Indian journal of veterinary science and animal husbandry - Volume 10,
Year: 1940
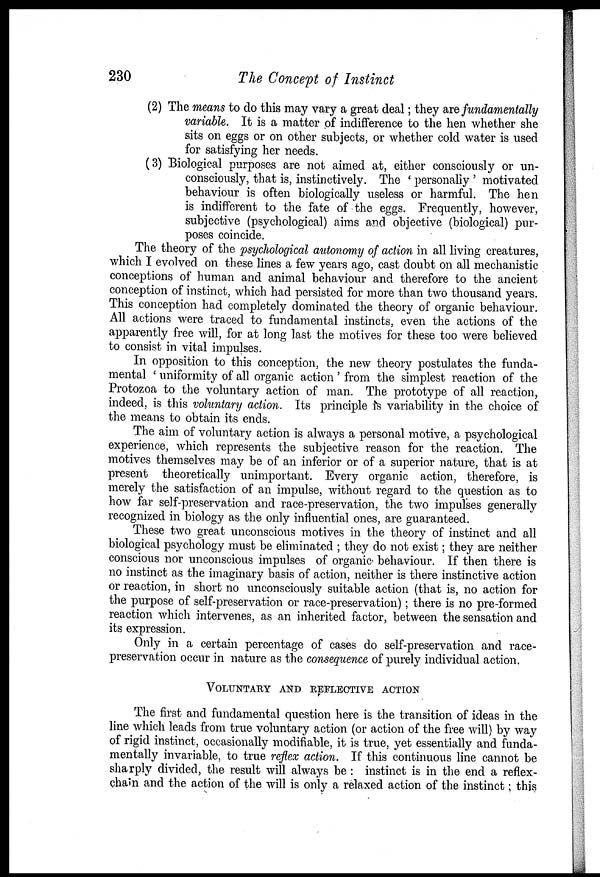
230
The Concept of Instinct
(2) The means to do this may vary a great deal; they are fundamentally
variable. It is a matter of indifference to the hen whether she
sits on eggs or on other subjects, or whether cold water is used
for satisfying her needs.
(3) Biological purposes are not aimed at, either consciously or un-
consciously, that is, instinctively. The ' personally ' motivated
behaviour is often biologically useless or harmful. The hen
is indifferent to the fate of the eggs. Frequently, however,
subjective (psychological) aims and objective (biological) pur-
poses coincide.
The theory of the psychological autonomy of action in all living creatures,
which I evolved on these lines a few years ago, cast doubt on all mechanistic
conceptions of human and animal behaviour and therefore to the ancient
conception of instinct, which had persisted for more than two thousand years.
This conception had completely dominated the theory of organic behaviour.
All actions were traced to fundamental instincts, even the actions of the
apparently free will, for at long last the motives for these too were believed
to consist in vital impulses.
In opposition to this conception, the new theory postulates the funda-
mental ' uniformity of all organic action' from the simplest reaction of the
Protozoa to the voluntary action of man. The prototype of all reaction,
indeed, is this voluntary action. Its principle is variability in the choice of
the means to obtain its ends.
The aim of voluntary action is always a personal motive, a psychological
experience, which represents the subjective reason for the reaction. The
motives themselves may be of an inferior or of a superior nature, that is at
present theoretically unimportant. Every organic action, therefore, is
merely the satisfaction of an impulse, without regard to the question as to
how far self-preservation and race-preservation, the two impulses generally
recognized in biology as the only influential ones, are guaranteed.
These two great unconscious motives in the theory of instinct and all
biological psychology must be eliminated ; they do not exist; they are neither
conscious nor unconscious impulses of organic behaviour. If then there is
no instinct as the imaginary basis of action, neither is there instinctive action
or reaction, in short no unconsciously suitable action (that is, no action for
the purpose of self-preservation or race-preservation); there is no pre-formed
reaction which intervenes, as an inherited factor, between the sensation and
its expression.
Only in a certain percentage of cases do self-preservation and race-
preservation occur in nature as the consequence of purely individual action.
VOLUNTARY AND REFLECTIVE ACTION
The first and fundamental question here is the transition of ideas in the
line which leads from true voluntary action (or action of the free will) by way
of rigid instinct, occasionally modifiable, it is true, yet essentially and funda-
mentally invariable, to true reflex action. If this continuous line cannot be
sharply divided, the result will always be : instinct is in the end a reflex¬
chain and the action of the will is only a relaxed action of the instinct; this